Trukikaitis_Postimees, lk 65
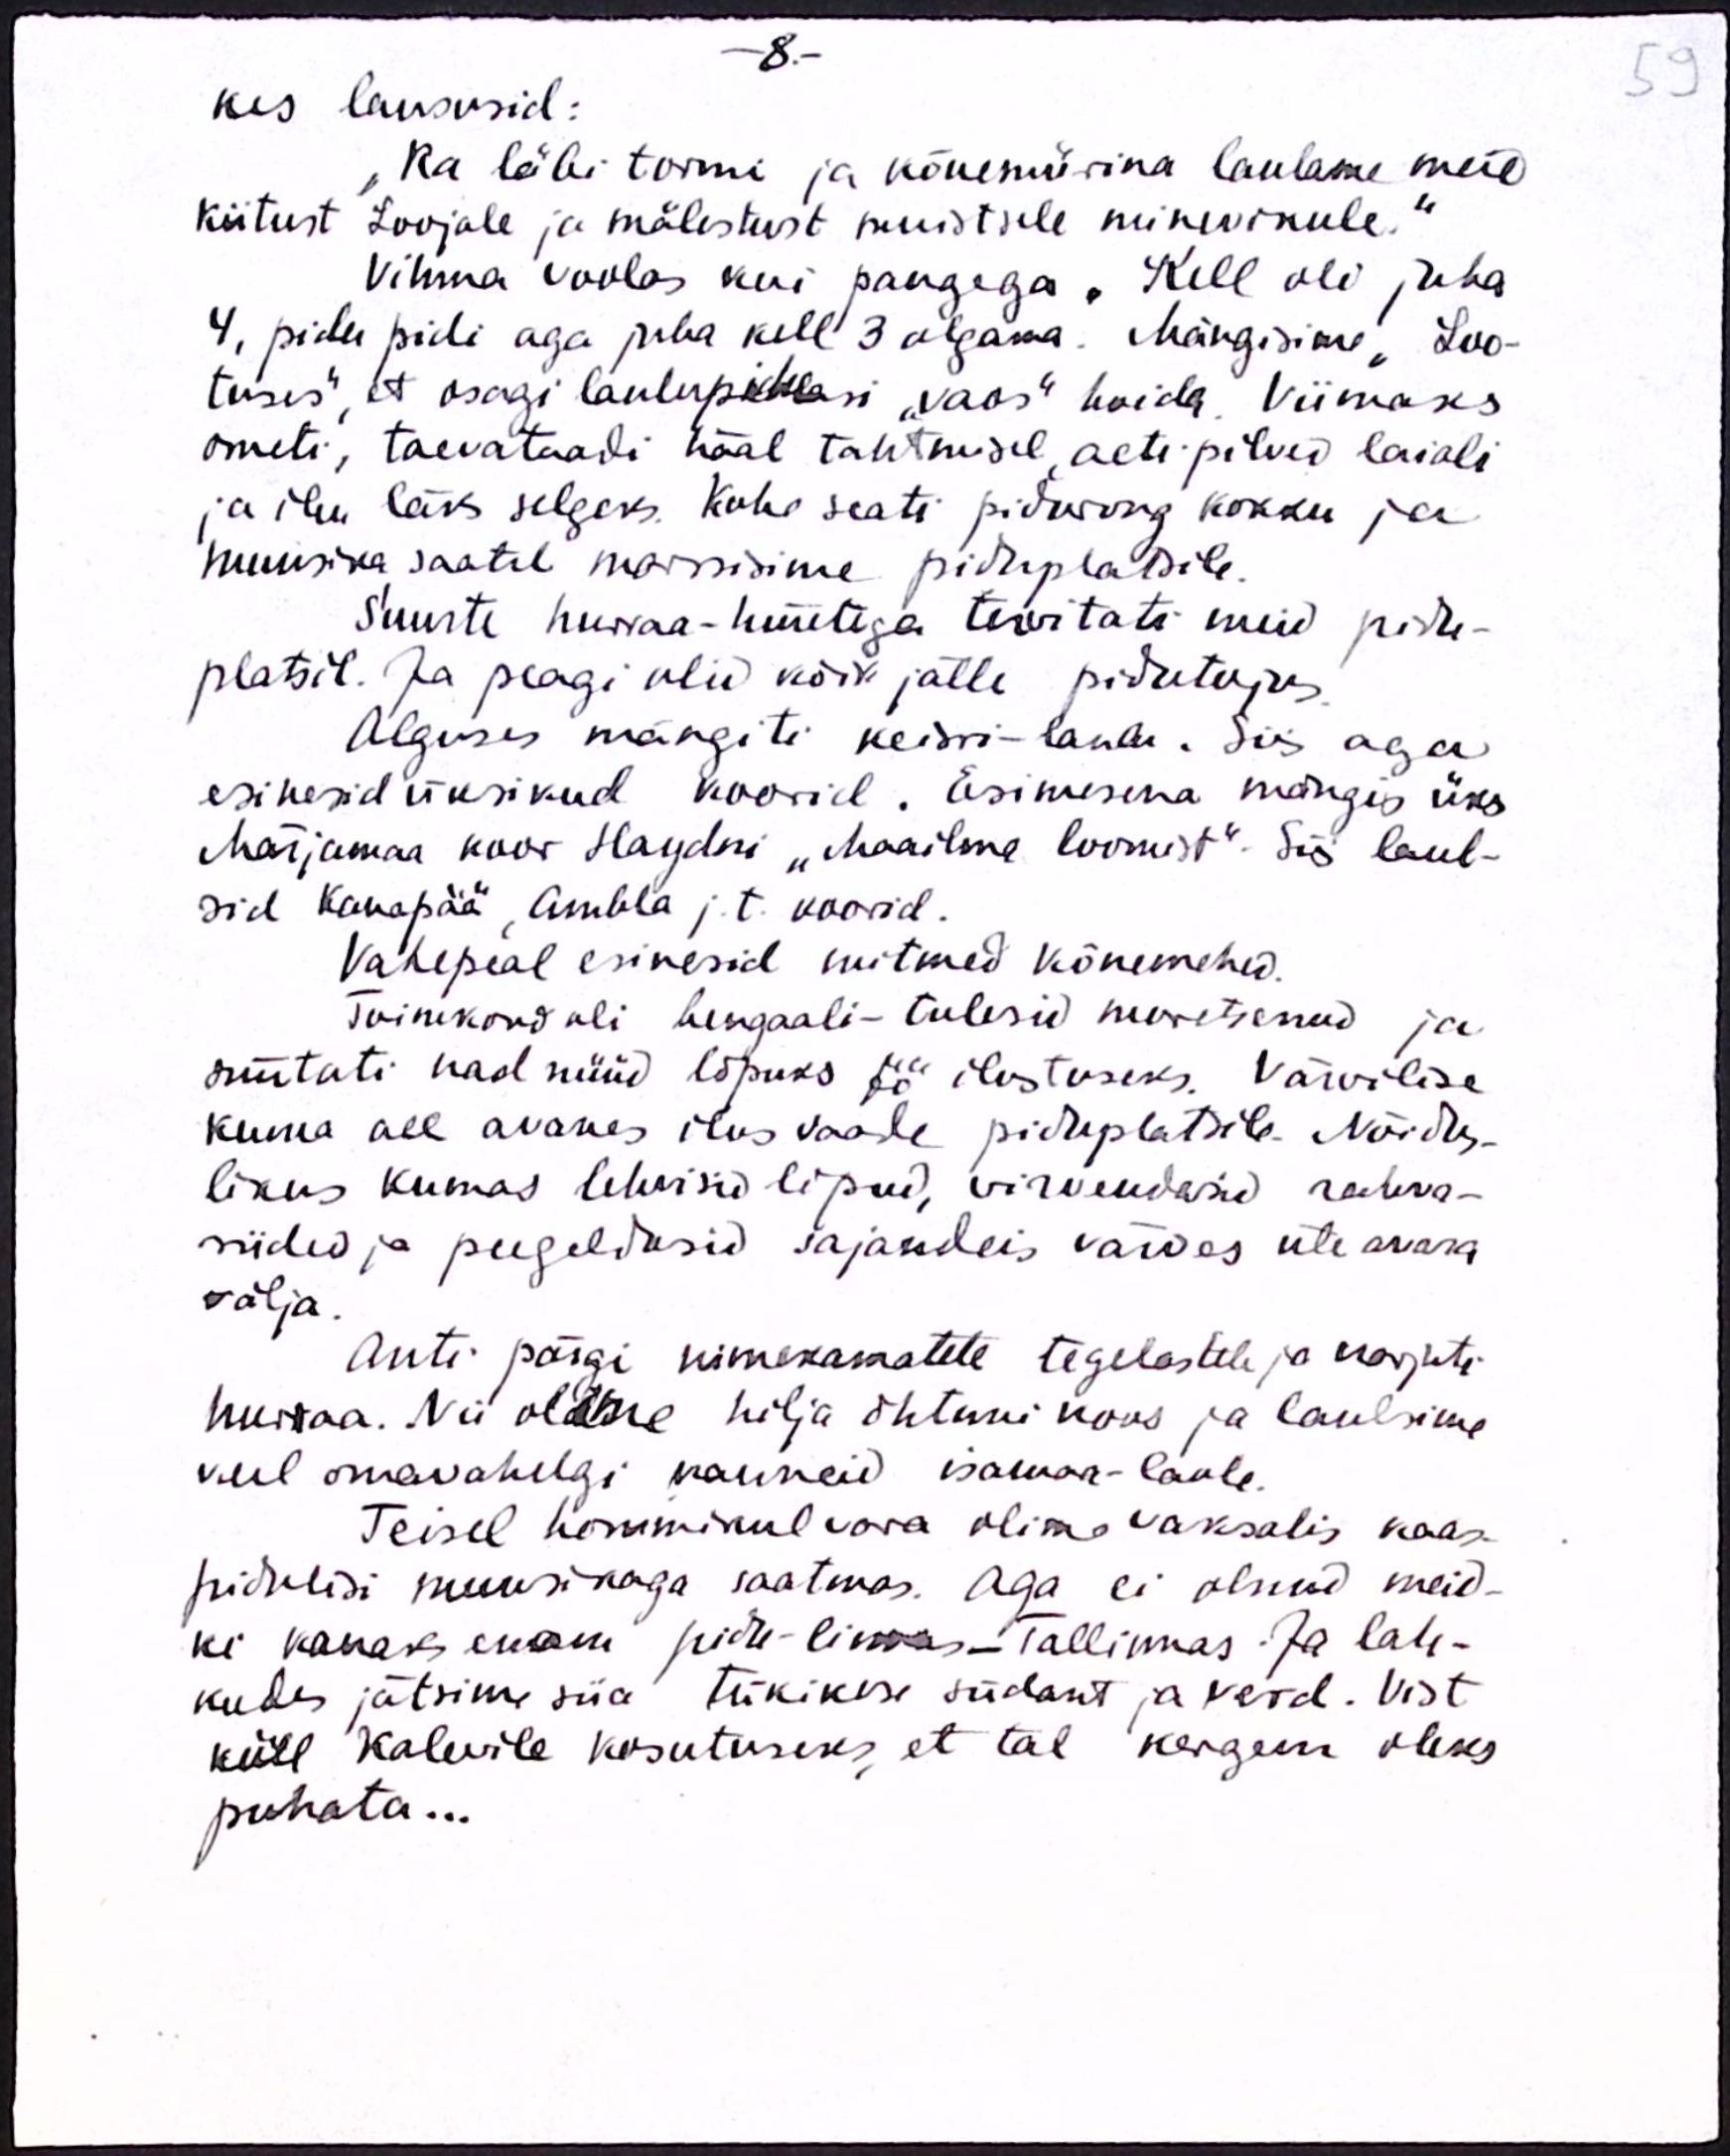
- 8 -
kes laususid:
„Ka läbi tormi ja kõnemürina laulame meie
kiitust Loojale ja mälestust muistsele minevikule."
Vihma voolas kui pangega. Kell oli juba
4, pidu pidi aga juba kell 3 algama. Mängisime "Loo-
tuses", et osagi laulupidulisi "vaos" hoida. Viimaks
ometi, taevataadi häal tahtmisel, aeti pilved laiali
ja ilm läks selgeks. Kohe seati pidurong kokku ja
muusika saatel marssisime piduplatsile.
Suurte hurraa-hüüetega tervitati meid pidu-
platsil. Ja peagi olid kõik jälle pidutujus.
Alguses mängiti keisri-laulu. Siis aga
esinesid üksikud koorid. Esimesena mängis üks
Märjamaa koor Haydni "Maailma loomist". Siis laul-
sid Kanapää, Ambla j.t. voorid.
Vahepeal esinesid mitmed kõnemehed.
Toimkond oli bengaali-tulesid muretsenud ja
süütati nad nüüd lõpuks öö ilustuseks. Värvilise
kuma all avanes ilus vaade piduplatsile. Nõidus-
likus kumas lehvisid lipud, virvendasid rahva-
riided ja peegeldasid sajandeis värves üle avara
välja.
Anti pärgi nimekamatele tegelastele ja karjuti
huraa. Nii olime hilja õhtuni koos ja laulsime
veel omavahelgi kauneid, isamaa-laule.
Teisel hommikul vara olime vaksalis kaas-
pidulisi muusikaga saatmas. Aga ei olnud meid-
ki kauaks enam pidu-linnas - Tallinnas. Ja lah-
kudes jätsime siia tükikese südant ja verd. Vist
küll Kalevile kosutuseks, et tal kergem oleks
puhata...